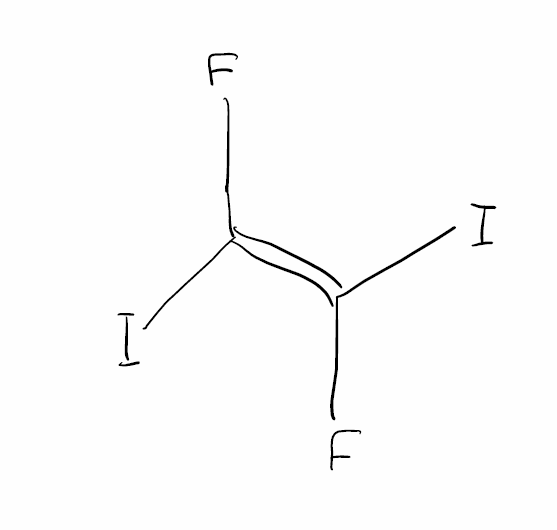
Simplified molecular-input line-entry system (SMILES) notation of the given molecule:
C(=C(/F)\I)(\F)/I